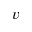
{ v }